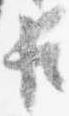
臣